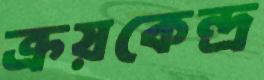
ক্রয়কেন্দ্র